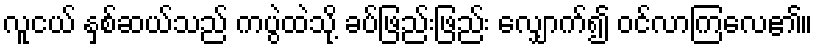
လူငယ် နှစ်ဆယ်သည် ကပွဲထဲသို့ ခပ်ဖြည်းဖြည်း လျှောက်၍ ဝင်လာကြလေ၏။